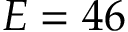
E = 4 6